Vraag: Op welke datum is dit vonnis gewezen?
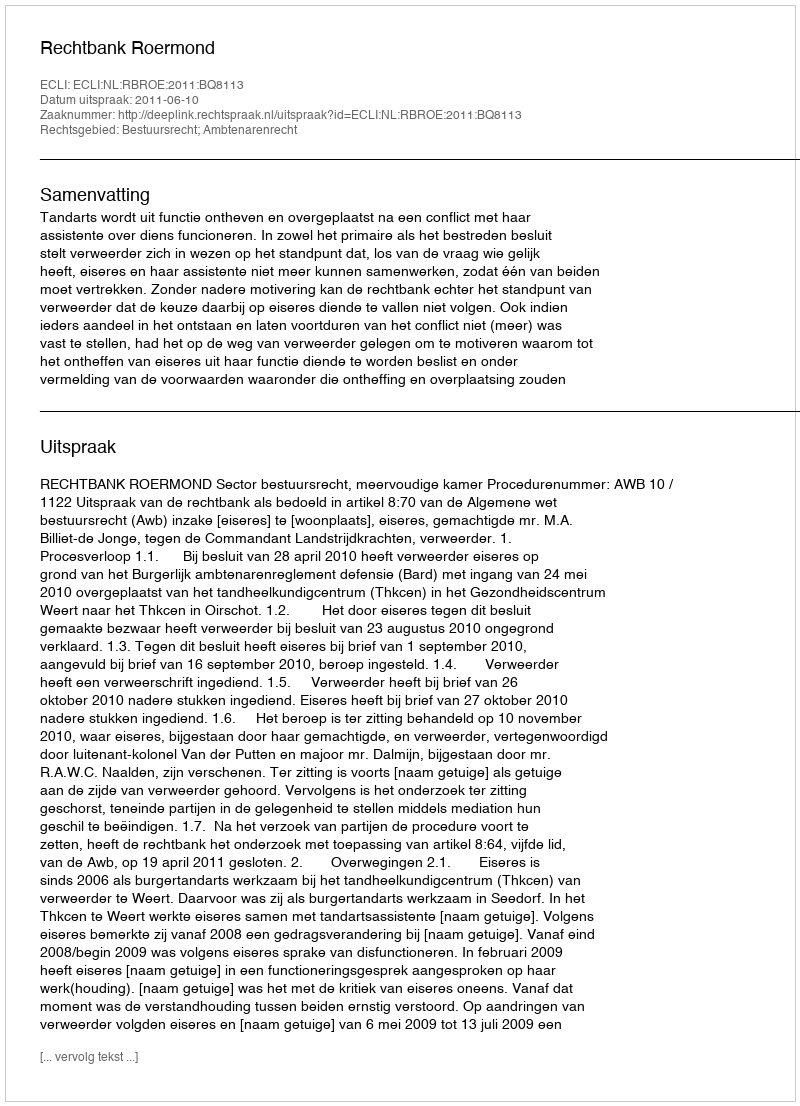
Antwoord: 2011-06-10